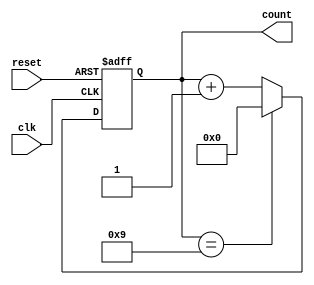
module decade_counter (
    input wire clk,       // Clock input
    input wire reset,     // Asynchronous reset
    output reg [3:0] count // 4-bit output to represent the count
);

// Always block for the asynchronous counter
always @(posedge clk or posedge reset) begin
    if (reset) begin
        count <= 4'b0000; // Reset the count to 0
    end else begin
        if (count == 4'b1001) begin
            count <= 4'b0000; // Reset to 0 when count reaches 10 (1010)
        end else begin
            count <= count + 1; // Increment the count
        end
    end
end

endmodule